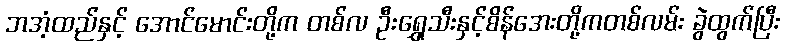
ဘအံ့ထည်နှင့် အောင်မောင်းတို့က တစ်လ ဦးရွှေသီးနှင့်စိန်အေးတို့ကတစ်လမ်း ခွဲထွက်ပြီး